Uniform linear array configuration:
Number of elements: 8
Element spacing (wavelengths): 0.5
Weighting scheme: hamming
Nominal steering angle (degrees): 0
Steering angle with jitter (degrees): -1.304
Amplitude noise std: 0.05
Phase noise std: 0.05

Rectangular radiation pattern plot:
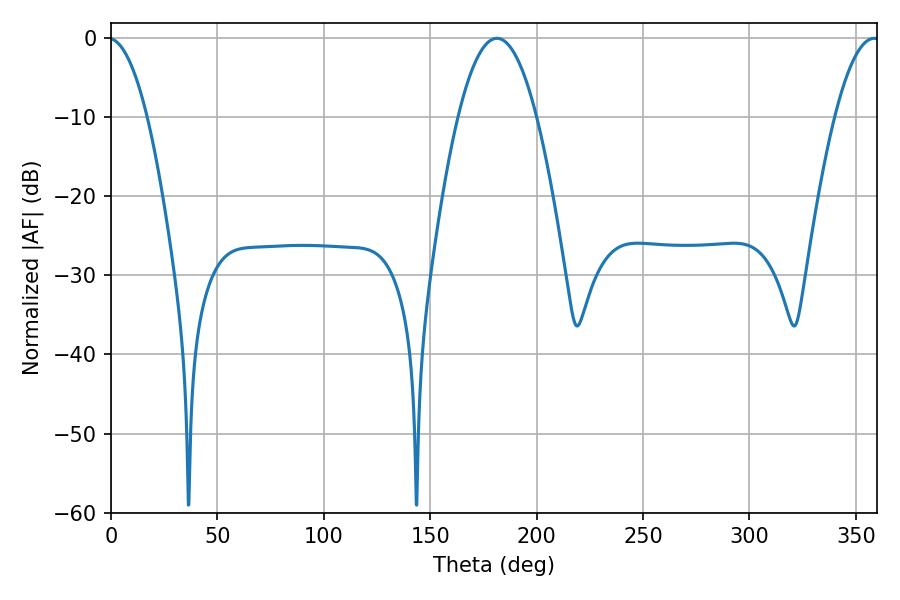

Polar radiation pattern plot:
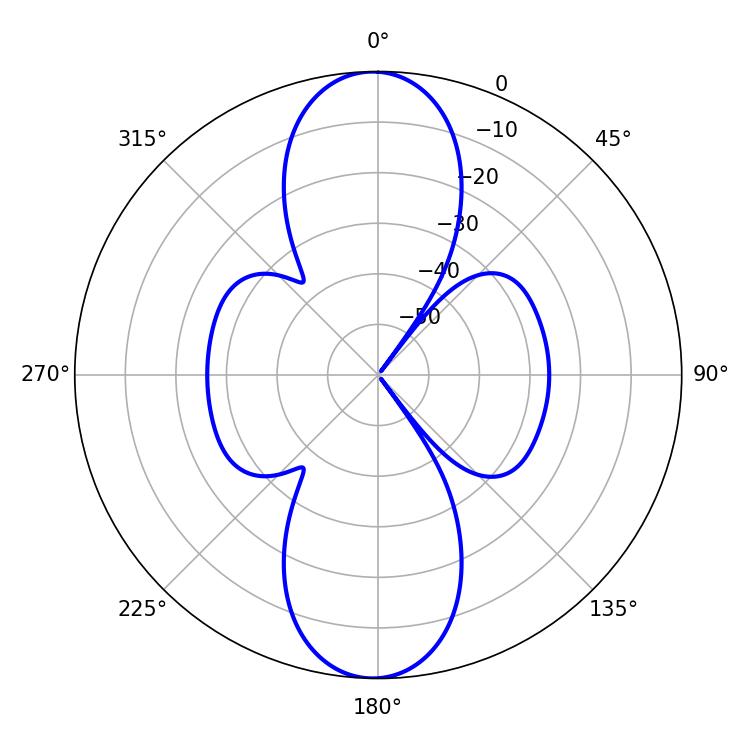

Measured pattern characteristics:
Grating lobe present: FALSE
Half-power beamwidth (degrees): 20.34
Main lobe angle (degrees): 181.26